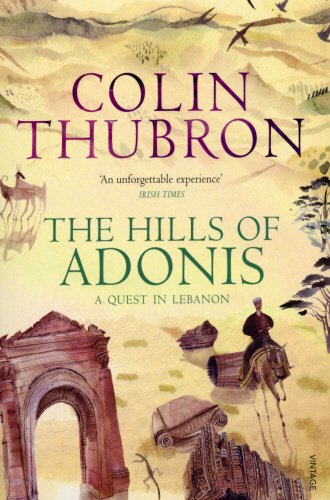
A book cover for The Hills of Adonis: A Quest in Lebanon; Colin Thubron; Travel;